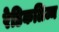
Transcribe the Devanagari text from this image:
रेडिकलिज्म